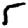
Digit: 5